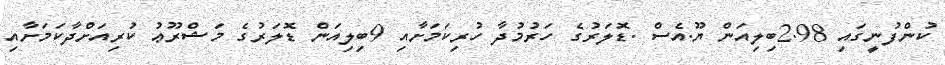
ކުންފުނީގައި 2.98ބިލިއަން ޔޫ.އެސް .ޑޮލަރުގެ ހަރުމުދާ ހުރިކަމަށާއި 9ބިލިއަން ޑޮލަރުގެ މަޝްރޫޢު ކުރިއަށްދާކަމަށާއި